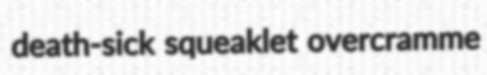
death-sick squeaklet overcramme